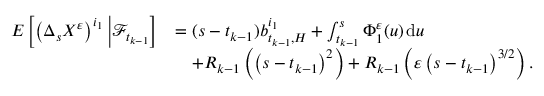
\begin{array} { r l } { E \left[ \left( \Delta _ { s } X ^ { \varepsilon } \right) ^ { i _ { 1 } } \Big | \mathcal { F } _ { t _ { k - 1 } } \right] } & { = ( s - t _ { k - 1 } ) b _ { t _ { k - 1 } , H } ^ { i _ { 1 } } + \int _ { t _ { k - 1 } } ^ { s } \Phi _ { 1 } ^ { \varepsilon } ( u ) \, \mathrm { d } u } \\ & { \quad + R _ { k - 1 } \left( \left( s - t _ { k - 1 } \right) ^ { 2 } \right) + R _ { k - 1 } \left( \varepsilon \left( s - t _ { k - 1 } \right) ^ { 3 / 2 } \right) . } \end{array}